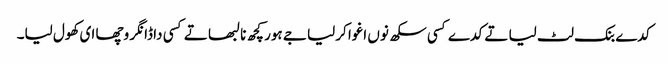
کدے بنک لٹ لیا تے کدے کسی سکھ نوں اغوا کرلیا جے ہور کچھ نا لبھا تے کسی دا ڈانگر وچھا ای کھول لیا۔